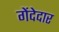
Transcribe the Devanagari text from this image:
गेंदेदार